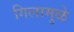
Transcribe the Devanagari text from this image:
गिलामुळे